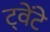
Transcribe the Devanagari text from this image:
ट्वेंटे